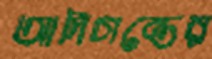
আদিগন্তের